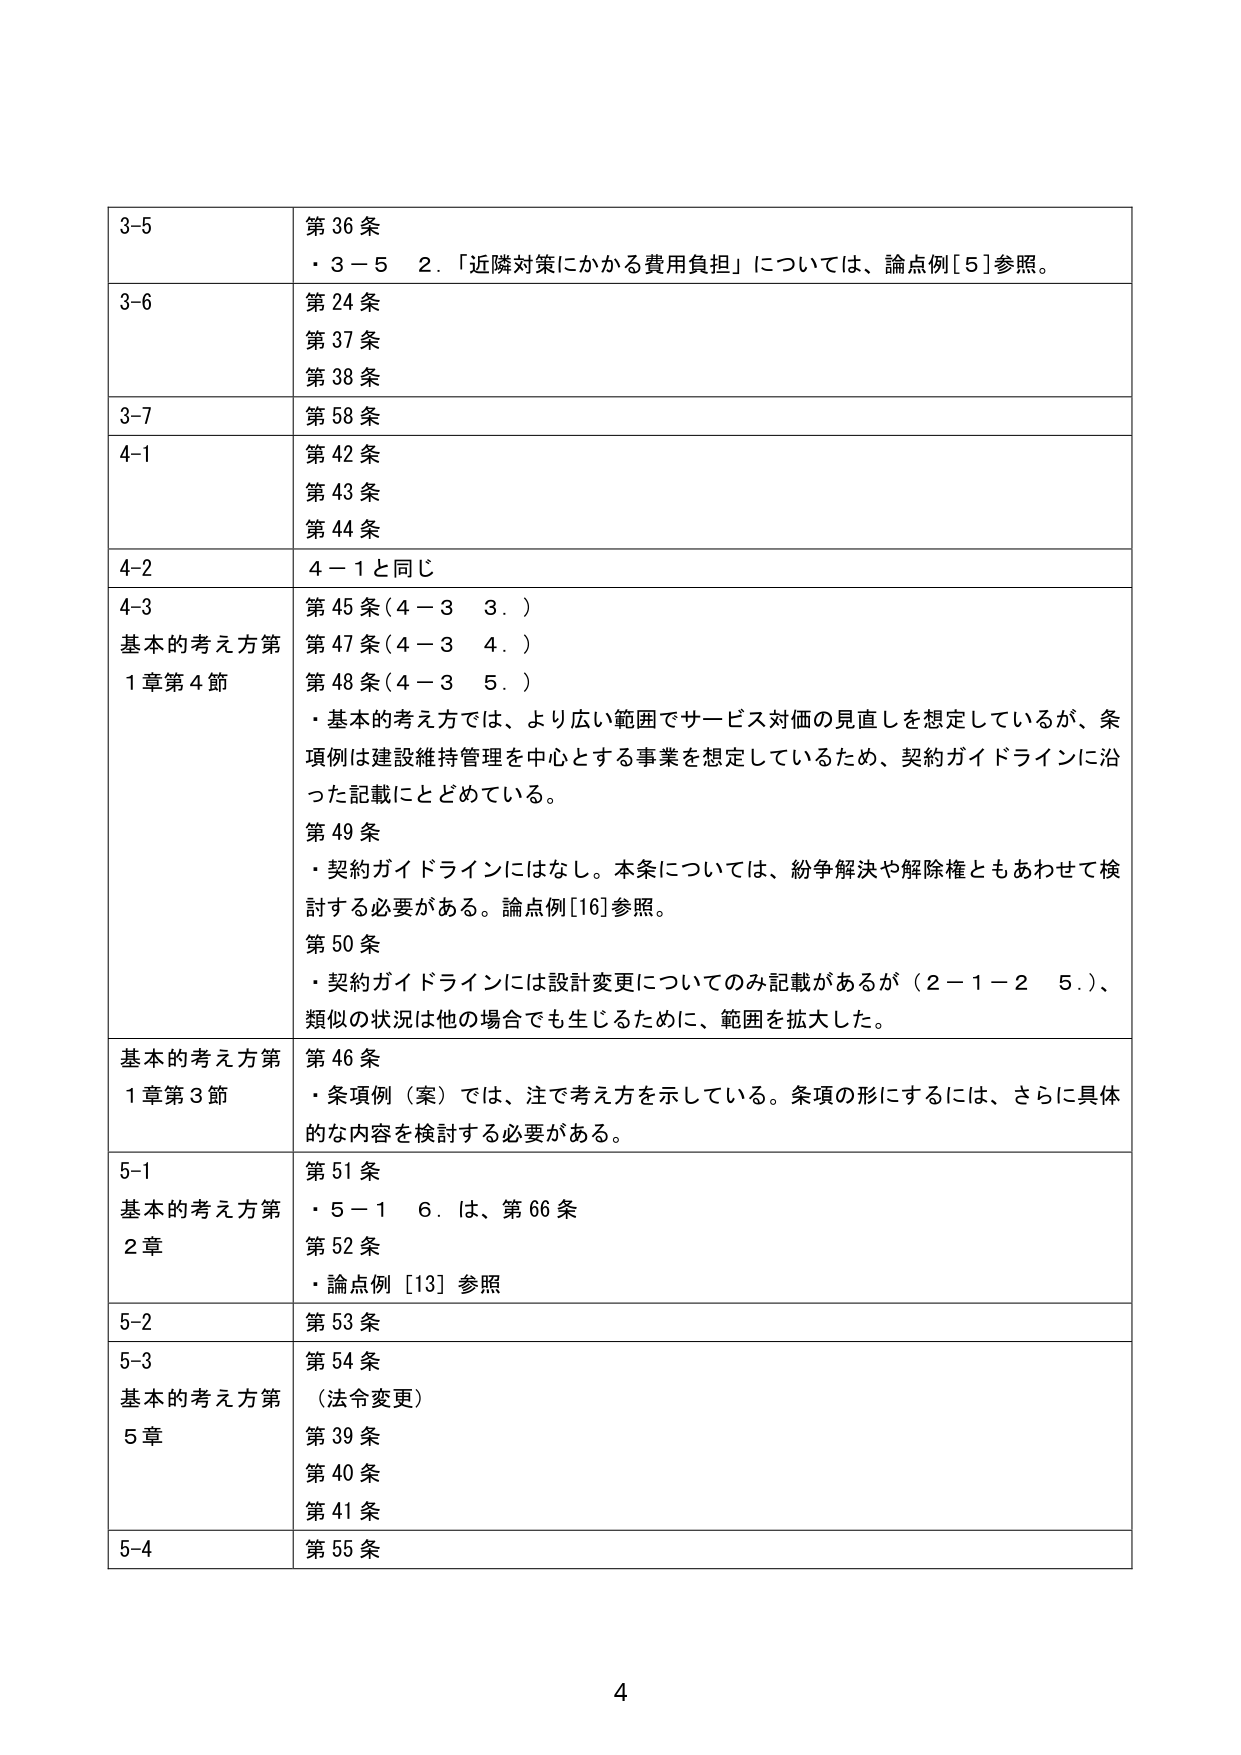
3-5 第36条
・3－5 2．「近隣対策にかかる費用負担」については、論点例[5]参照。

3-6 第24条
第37条
第38条

3-7 第58条

4-1 第42条
第43条
第44条

4-2 4－1と同じ

4-3 基本的考え方第1章第4節
第45条（4－3 3．）
第47条（4－3 4．）
第48条（4－3 5．）
・基本的考え方では、より広い範囲でサービス対価の見直しを想定しているが、条項例は建設維持管理を中心とする事業を想定しているため、契約ガイドラインに沿った記載にとどめている。
第49条
・契約ガイドラインにはなし。本条については、紛争解決や解除権ともあわせて検討する必要がある。論点例[16]参照。
第50条
・契約ガイドラインには設計変更についてのみ記載があるが（2－1－2 5．）、類似の状況は他の場合でも生じるために、範囲を拡大した。

基本的考え方第1章第3節
第46条
・条項例（案）では、注で考え方を示している。条項の形にするには、さらに具体的な内容を検討する必要がある。

5-1 基本的考え方第2章
第51条
・5－1 6．は、第66条
第52条
・論点例 [13] 参照

5-2 第53条

5-3 基本的考え方第5章
第54条
（法令変更）
第39条
第40条
第41条

5-4 第55条

4